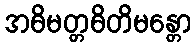
အဓိမတ္တဓိတိမန္တော